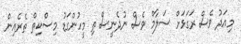
މިއަދު ވެސް ރަގަޅަށް ސަލާމް ވެސް ނުދެނީސް ތި މީހުންގަޑު މިސްކިތް ތެރެއިން